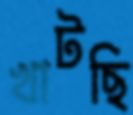
খাটছি